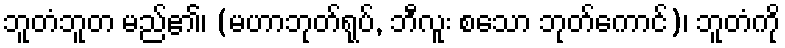
ဘူတံဘူတ မည်၏၊ (မဟာဘုတ်ရုပ်, ဘီလူး စသော ဘုတ်ကောင်)၊ ဘူတံကို